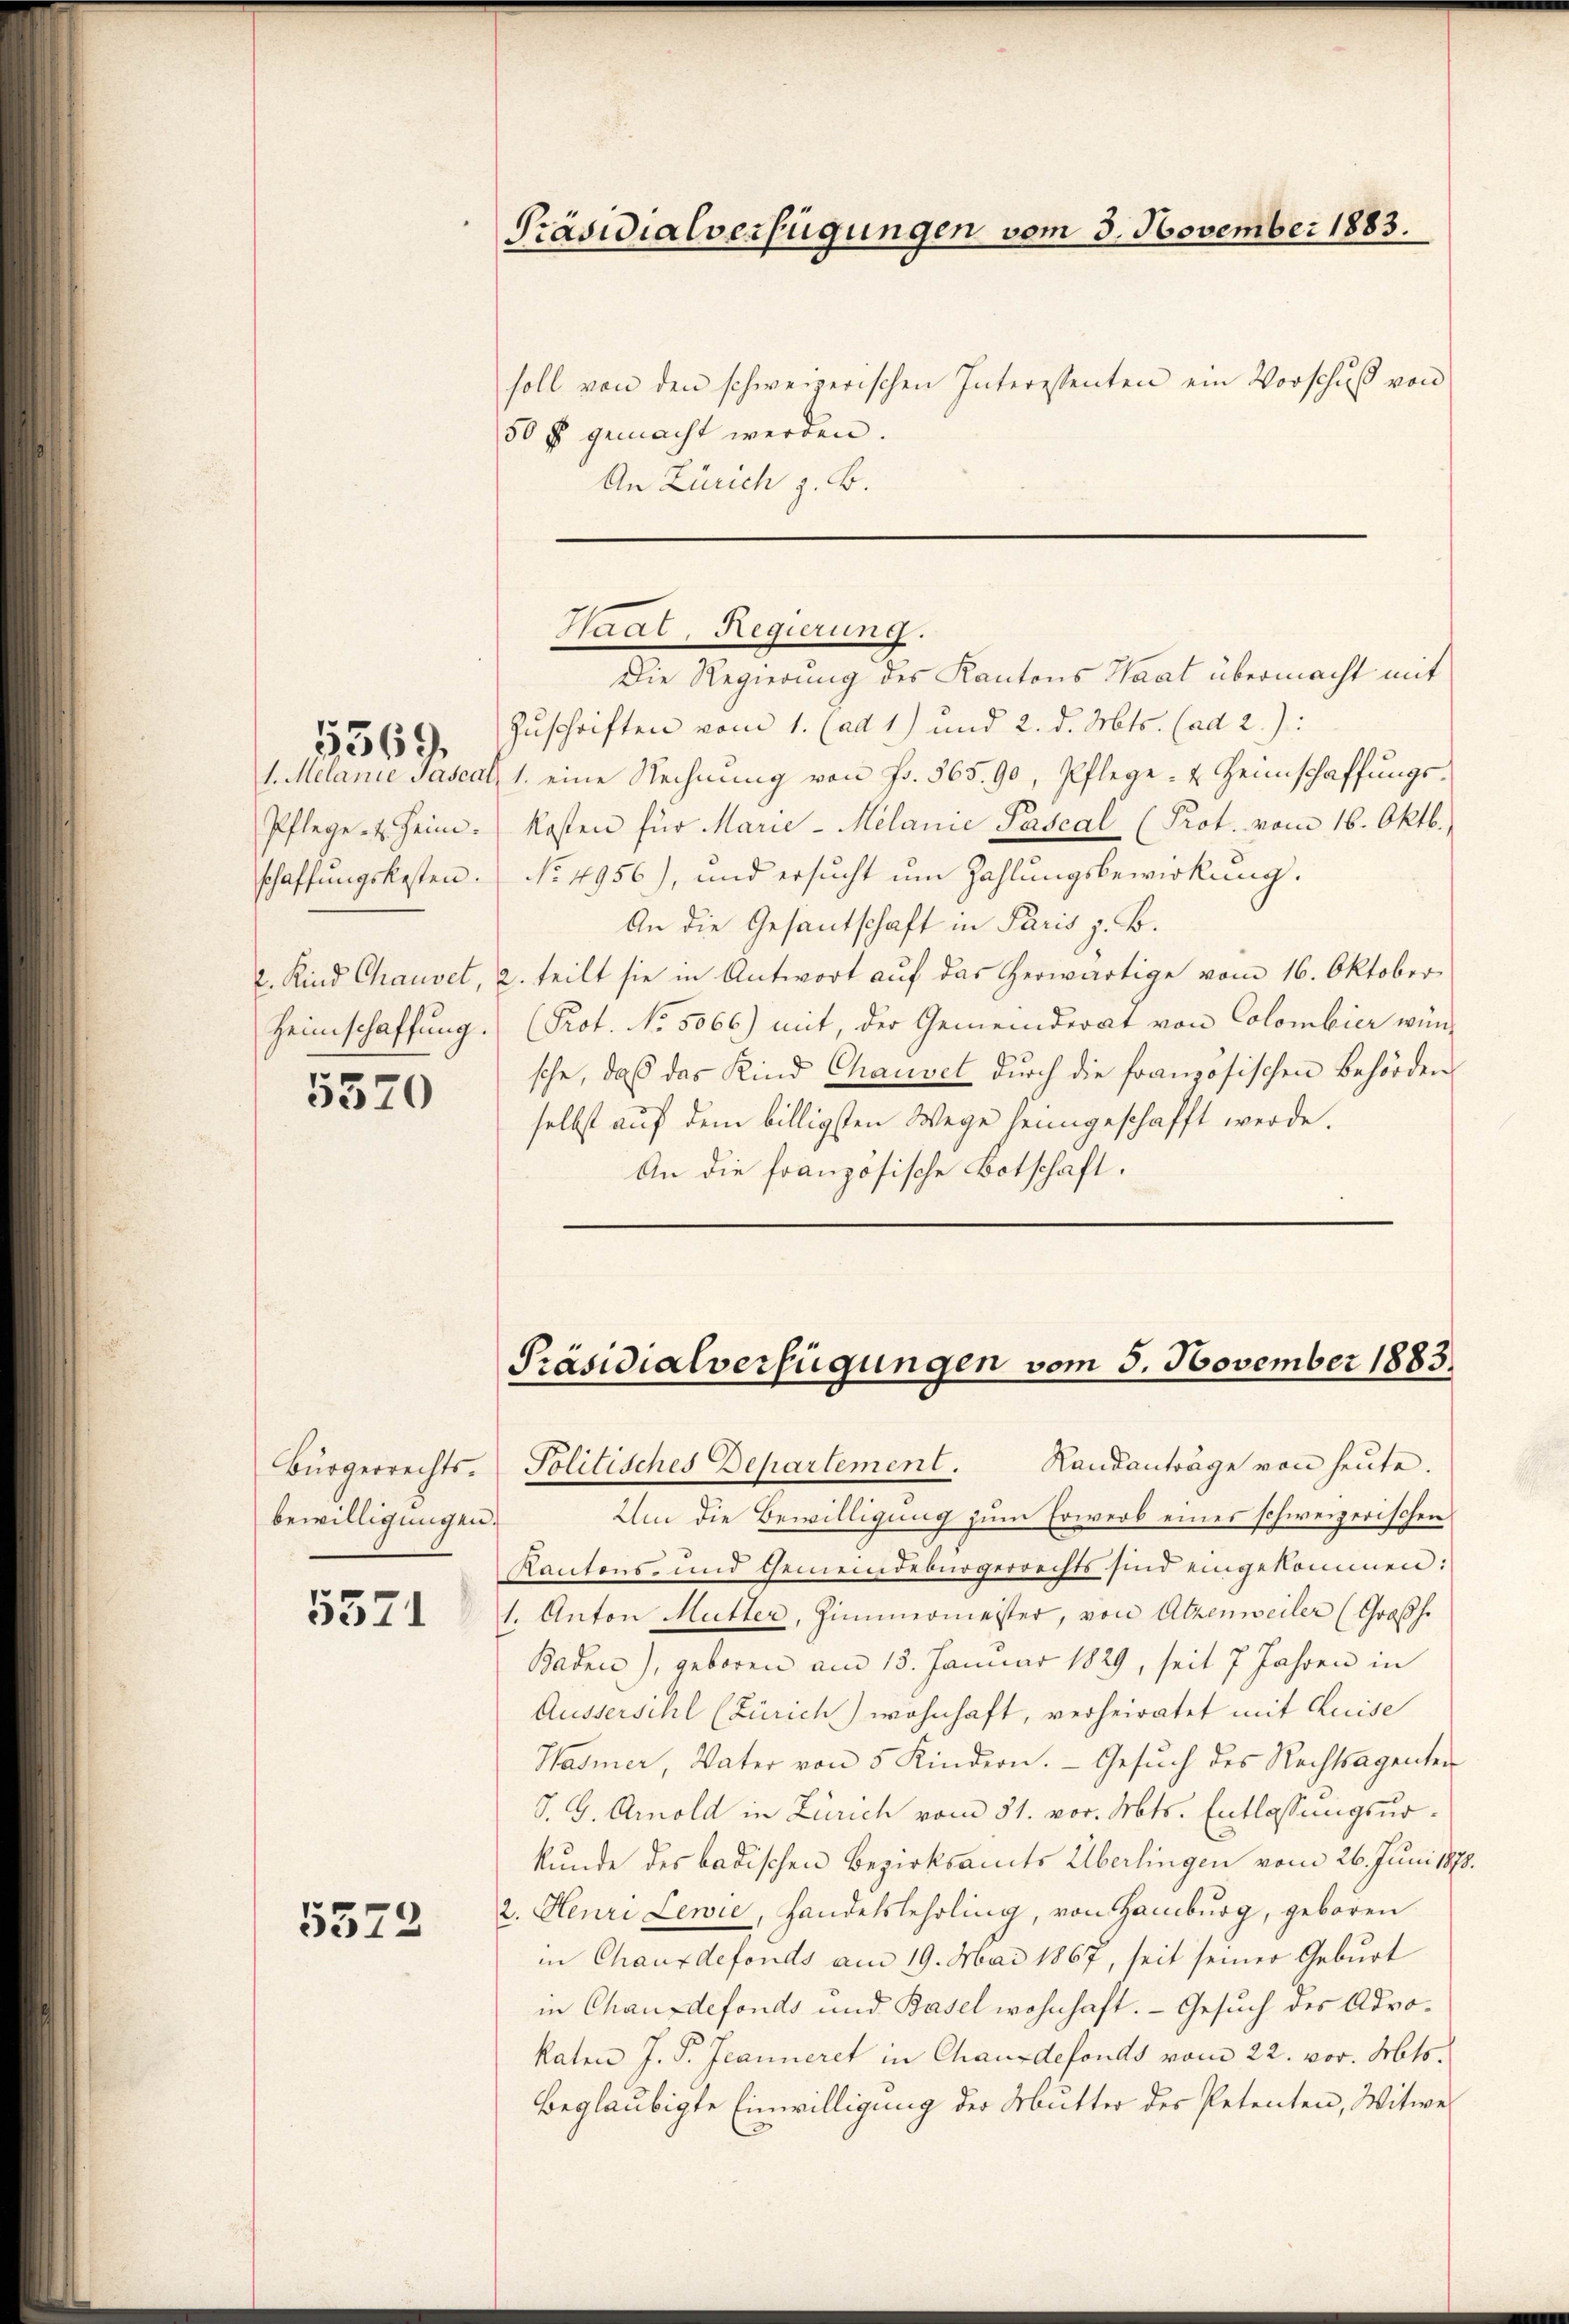
Pflege u. Heim.
schaffungskosten.

5569.

5570

Bürgerrechts.
bewilligungen

5571

5572

Präsidialverfügungen vom 3. November 1883.

soll von den schweizerischen Interessenten ein Vorschŭβ von
50 fl gemacht werden.
An Zürich z. B.

Haat, Regierung.

Die Regierung des Kantons Saat übermacht mit
Zuschriften vom 1. (ad 1) und 2. d. Mts. (ad 2.):
1. Melanie Pascat, 1. eine Rechnung von Fr. 565. 90, Pflege- & Heimschaffungskosten für Marie-Melanie Pascal (Prot. vom 16. Oktb.,
No. 4956), und ersucht um Zahlungsbewirkung.
An die Gesantschaft in Paris z. B.
2. Kind Chauvet, 2. teilt sie in Antwort auf das herwärtige vom 16. Oktober
Heimschaffung. (Prot. No. 5066) mit, der Gemeinderat von Colombier wünsche, daß das Kind Chauset dŭrch die französischen Behörder
selbst auf dem billigsten Wege heimgeschafft werde.
An die französische Botschaft.

Präsidialverfügungen vom 5. November 1883.
Politisches Departement. Randanträge von heŭte.

Um die Bewilligung zum Erwerb eines schweizerischen
Kantons- und Gemeindebürgerrechts sind eingekommen:
1. Anton Mutter, Zimmermeister, von Atzenweiler (Großh.
Baden), geboren am 13. Januar 1829, seit 7 Jahren in
Äusserschl (Zürich) wohnhaft, verheiratet mit Auise
Hasmer, Vater von 5 Kindern. Gesŭch des Rechtsagenten
S. G. Arnold in Zürich vom 31. vor. Mts. Entlassungsurkunde des badischen Bezirksamts Überlingen vom 26. Juni 1870.
2. Heuri Lewie, Handelslehrling, von Hamburg, geboren
in Chauxdefonds am 19. Mai 1867, seit seiner Geburt
in Chauxdefonds und Basel wohnhaft. - Gesuch des Advokaten J. P. Jeanneret in Chausdefonds vom 22. vor. Mts.
beglaubigte Einwilligung der Mutter des Petenten, Witwe